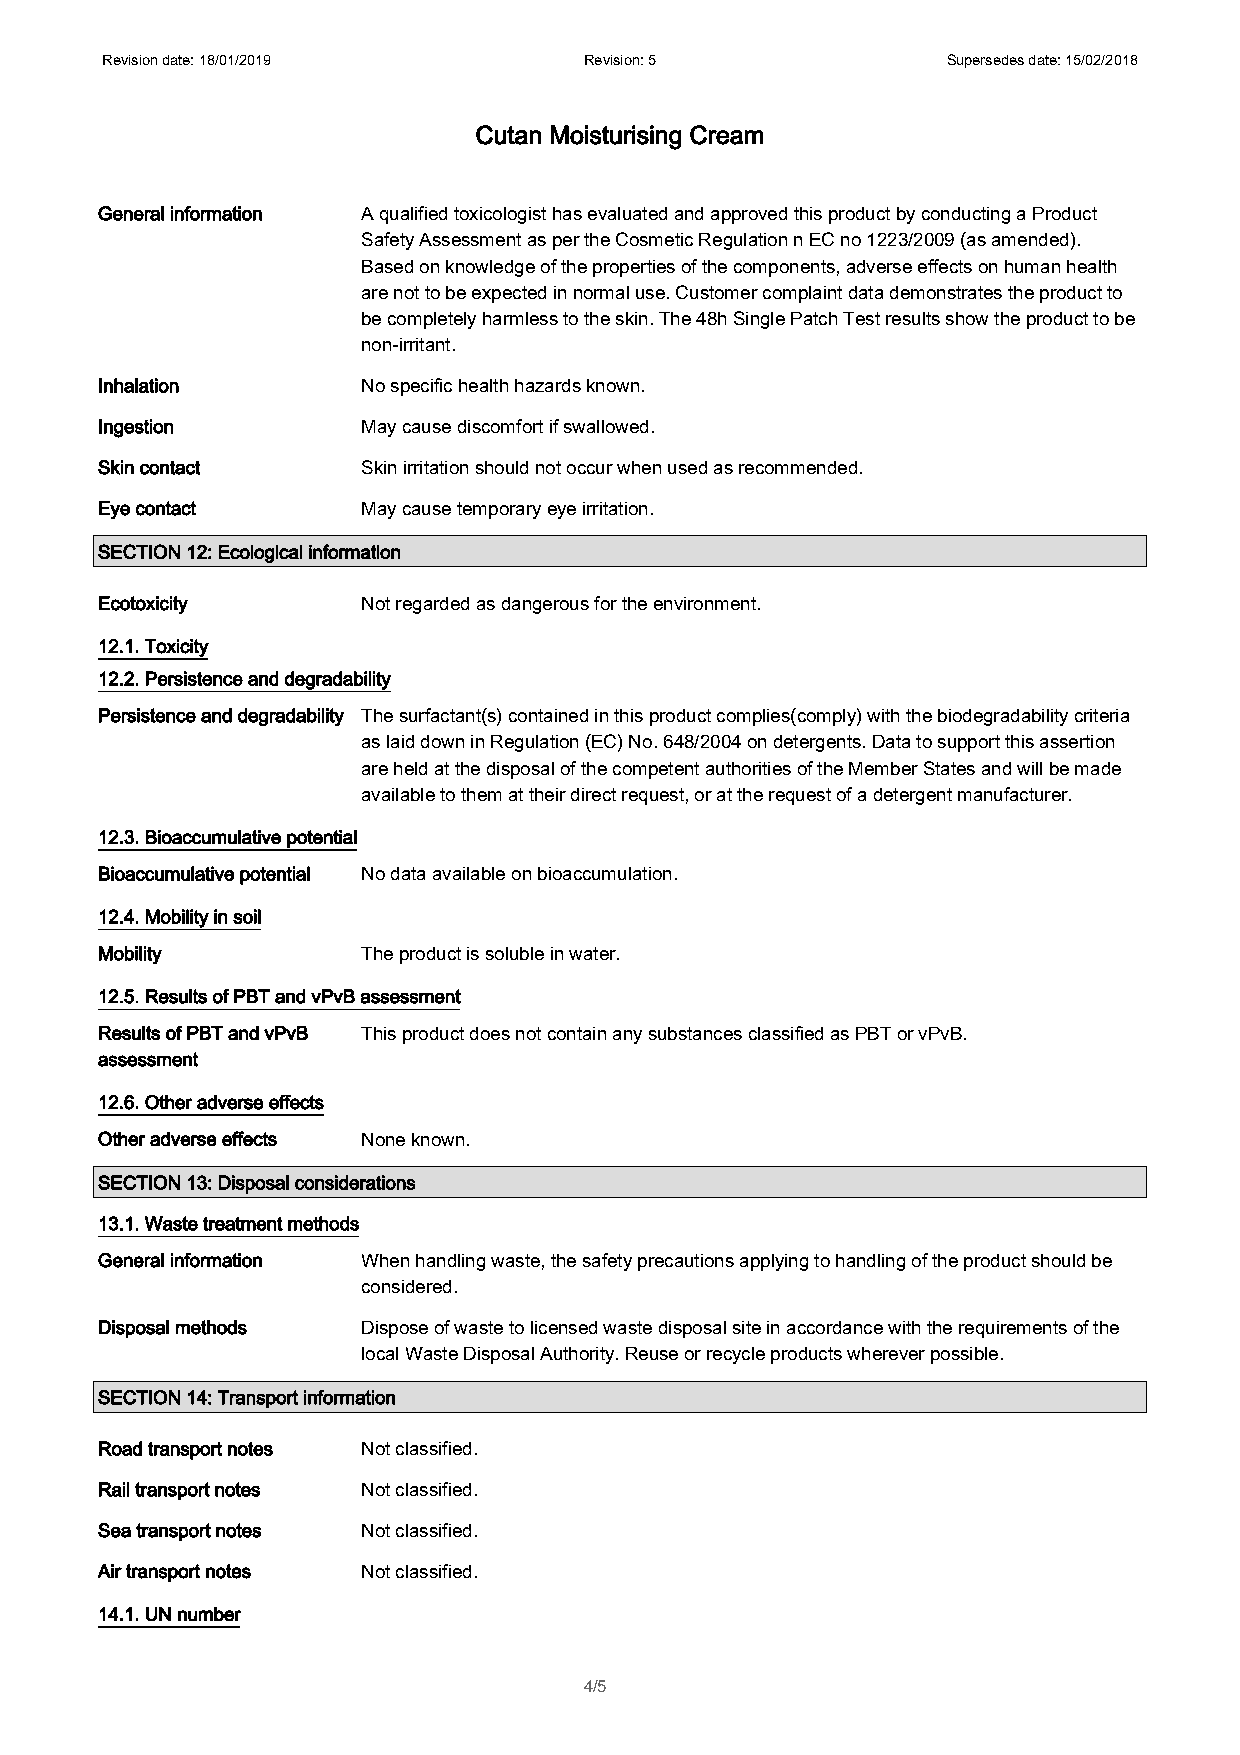
Revision date: 18/01/2019       Revision: 5             Supersedes date: 15/02/2018
 Cutan Moisturising Cream
 General information A qualified toxicologist has evaluated and approved this product by conducting a Product
 Safety Assessment as per the Cosmetic Regulation n EC no 1223/2009 (as amended).
 Based on knowledge of the properties of the components, adverse effects on human health
 are not to be expected in normal use. Customer complaint data demonstrates the product to
 be completely harmless to the skin. The 48h Single Patch Test results show the product to be
 non-irritant.
 Inhalation        No specific health hazards known.
 Ingestion         May cause discomfort if swallowed.
 Skin contact      Skin irritation should not occur when used as recommended.
 Eye contact       May cause temporary eye irritation.
 SECTION 12: Ecological information
 Ecotoxicity       Not regarded as dangerous for the environment.
 12.1. Toxicity
 12.2. Persistence and degradability
 Persistence and degradability The surfactant(s) contained in this product complies(comply) with the biodegradability criteria
 as laid down in Regulation (EC) No. 648/2004 on detergents. Data to support this assertion
 are held at the disposal of the competent authorities of the Member States and will be made
 available to them at their direct request, or at the request of a detergent manufacturer.
 12.3. Bioaccumulative potential
 Bioaccumulative potential No data available on bioaccumulation.
 12.4. Mobility in soil
 Mobility          The product is soluble in water.
 12.5. Results of PBT and vPvB assessment
 Results of PBT and vPvB This product does not contain any substances classified as PBT or vPvB.
 assessment
 12.6. Other adverse effects
 Other adverse effects None known.
 SECTION 13: Disposal considerations
 13.1. Waste treatment methods
 General information When handling waste, the safety precautions applying to handling of the product should be
 considered.
 Disposal methods  Dispose of waste to licensed waste disposal site in accordance with the requirements of the
 local Waste Disposal Authority. Reuse or recycle products wherever possible.
 SECTION 14: Transport information
 Road transport notes Not classified.
 Rail transport notes Not classified.
 Sea transport notes Not classified.
 Air transport notes Not classified.
 14.1. UN number
 4/5